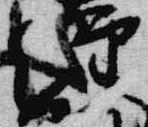
経